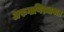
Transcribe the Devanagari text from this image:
अफगाणिस्थानात